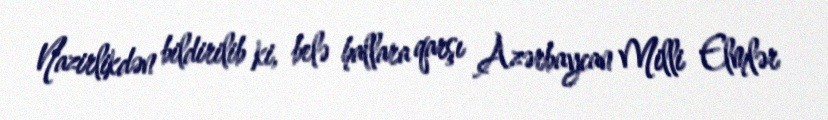
Nazirlikdən bildirilib ki, belə hallara qarşı Azərbaycan Milli Elmlər